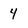
Character: 4